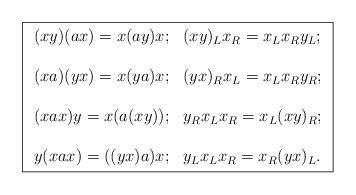
LaTeX: \begin{align*}\fbox{$\begin{array}{ll} (xy)(ax)=x(ay)x; & (xy)_{L}x_{R} = x_{L}x_{R}y_{L};\\ \\ (xa)(yx)=x(ya)x; & (yx)_{R}x_{L} = x_{L}x_{R}y_{R}; \\ \\(xax)y=x(a(xy)); & y_{R}x_{L}x_{R} = x_{L}(xy)_{R}; \\ \\y(xax)=((yx)a)x; & y_{L}x_{L}x_{R} = x_{R}(yx)_{L}. \\\end{array}$}\end{align*}